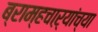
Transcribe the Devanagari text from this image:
ब्राम्हचाऱ्यांच्या